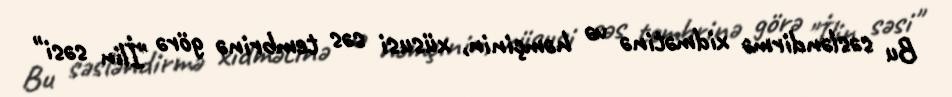
Bu səsləndirmə xidmətinə və həmçinin, xüsusi səs tembrinə görə "İlin səsi"